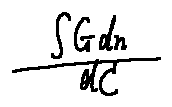
\frac { \int G d n } { d C }